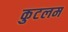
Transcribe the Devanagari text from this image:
कुटलम